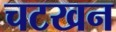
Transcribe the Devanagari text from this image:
चटखन